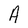
Character: A